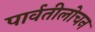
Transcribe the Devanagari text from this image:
पार्वतीलोचन